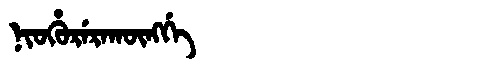
Manchu: ᠨᡳᠣᡥᡠᡵᡝᡵᠠᡴᡡᠩᡤᡝ
Romanization: NIOHURERAKŪNGGE